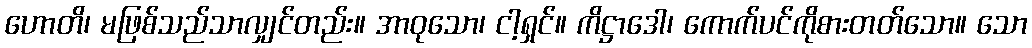
ဟောတိ၊ မဖြစ်သည်သာလျှင်တည်း။ အာဝုသော၊ ငါ့ရှင်။ ကိဋ္ဌာဒေါ၊ ကောက်ပင်ကိုစားတတ်သော။ သော